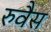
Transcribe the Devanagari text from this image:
रुवैस